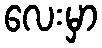
လေးမှာ